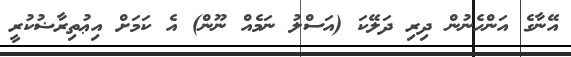
އޭނާގެ އަންހެނުން ދިރި ދަލޭކަ (އަސްލު ނަމެއް ނޫން) އެ ކަމަށް އިޢުތިރާޟުކުރީ